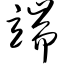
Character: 端